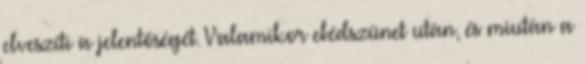
elveszíti a jelentőségét. Valamikor ebédszünet után, és miután a